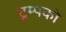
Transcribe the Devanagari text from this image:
ट्रम्पको